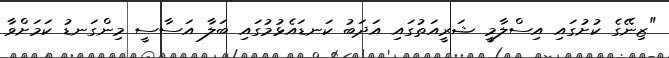
"ޒިނޭގެ ކުށުގައި އިސްލާމީ ޝަރީއަތުގައި އަދަބު ކަނޑައެޅުމުގައި ބަލާ އަސާސީ މިންގަނޑު ކަމަށްވާ